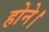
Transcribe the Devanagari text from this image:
होने।